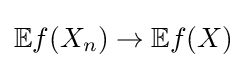
\mathbb {E} f(X_{n})\to \mathbb {E} f(X)